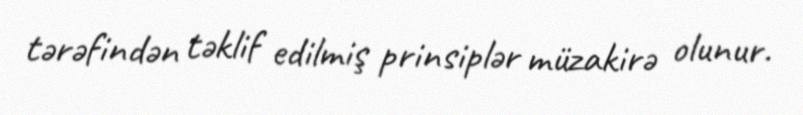
tərəfindən təklif edilmiş prinsiplər müzakirə olunur.